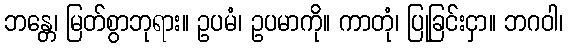
ဘန္တေ၊ မြတ်စွာဘုရား။ ဥပမံ၊ ဥပမာကို။ ကာတုံ၊ ပြုခြင်းငှာ။ ဘဂဝါ၊